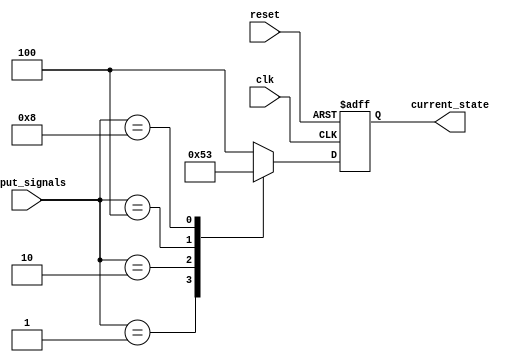
module state_machine (
    input wire clk,
    input wire reset,
    input wire [3:0] input_signals,
    output reg [2:0] current_state
);

// State definitions
parameter STATE_A = 3'b000;
parameter STATE_B = 3'b001;
parameter STATE_C = 3'b010;
parameter STATE_D = 3'b011;
parameter STATE_E = 3'b100;

// State register
reg [2:0] next_state;

// Priority encoding logic
always @(*) begin
    case(input_signals)
        4'b0001: next_state = STATE_A;
        4'b0010: next_state = STATE_B;
        4'b0100: next_state = STATE_C;
        4'b1000: next_state = STATE_D;
        default: next_state = STATE_E;
    endcase
end

// State machine logic
always @(posedge clk or posedge reset) begin
    if (reset) begin
        current_state <= STATE_A;
    end else begin
        current_state <= next_state;
    end
end

endmodule